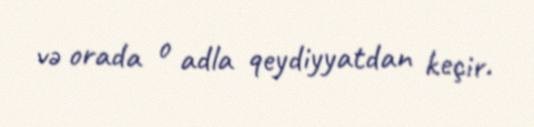
və orada o adla qeydiyyatdan keçir.